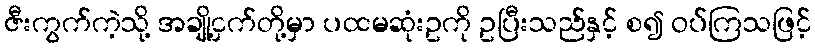
ဇီးကွက်ကဲ့သို့ အချို့ငှက်တို့မှာ ပထမဆုံးဥကို ဥပြီးသည်နှင့် စ၍ ဝပ်ကြသဖြင့်